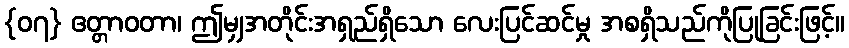
{၀၇} ဧတ္တာဝတာ၊ ဤမျှအတိုင်းအရှည်ရှိသော လေးပြင်ဆင်မှု အစရှိသည်ကိုပြုခြင်းဖြင့်။